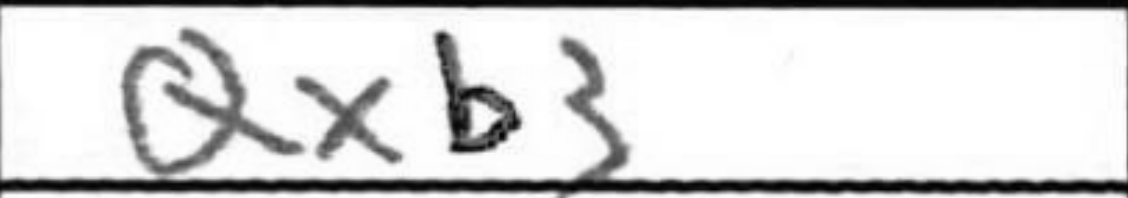
Transcription: Qxb3